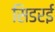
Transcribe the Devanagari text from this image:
सिडरई